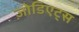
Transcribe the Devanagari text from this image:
ज़ोडिएट्स